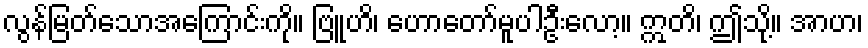
လွန်မြတ်သောအကြောင်းကို။ ဗြူဟိ၊ ဟောတော်မူပါဦးလော့။ ဣတိ၊ ဤသို့။ အာဟ၊